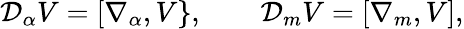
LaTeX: {\cal D}_{\alpha}V=[\nabla_{\alpha},V\} ,\qquad{\cal D}_{m}V=[\nabla_{m},V],